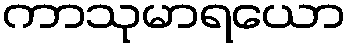
ကာသုမာရယော